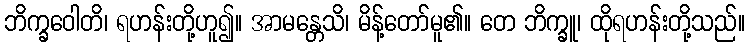
ဘိက္ခဝေါတိ၊ ရဟန်းတို့ဟူ၍။ အာမန္တေသိ၊ မိန့်တော်မူ၏။ တေ ဘိက္ခူ၊ ထိုရဟန်းတို့သည်။